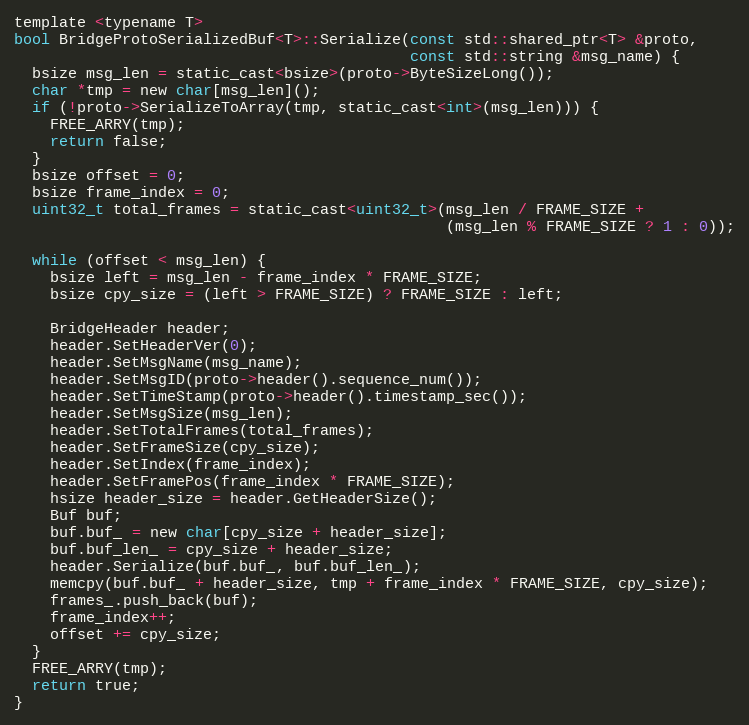
Language: C
template <typename T>
bool BridgeProtoSerializedBuf<T>::Serialize(const std::shared_ptr<T> &proto,
                                            const std::string &msg_name) {
  bsize msg_len = static_cast<bsize>(proto->ByteSizeLong());
  char *tmp = new char[msg_len]();
  if (!proto->SerializeToArray(tmp, static_cast<int>(msg_len))) {
    FREE_ARRY(tmp);
    return false;
  }
  bsize offset = 0;
  bsize frame_index = 0;
  uint32_t total_frames = static_cast<uint32_t>(msg_len / FRAME_SIZE +
                                                (msg_len % FRAME_SIZE ? 1 : 0));

  while (offset < msg_len) {
    bsize left = msg_len - frame_index * FRAME_SIZE;
    bsize cpy_size = (left > FRAME_SIZE) ? FRAME_SIZE : left;

    BridgeHeader header;
    header.SetHeaderVer(0);
    header.SetMsgName(msg_name);
    header.SetMsgID(proto->header().sequence_num());
    header.SetTimeStamp(proto->header().timestamp_sec());
    header.SetMsgSize(msg_len);
    header.SetTotalFrames(total_frames);
    header.SetFrameSize(cpy_size);
    header.SetIndex(frame_index);
    header.SetFramePos(frame_index * FRAME_SIZE);
    hsize header_size = header.GetHeaderSize();
    Buf buf;
    buf.buf_ = new char[cpy_size + header_size];
    buf.buf_len_ = cpy_size + header_size;
    header.Serialize(buf.buf_, buf.buf_len_);
    memcpy(buf.buf_ + header_size, tmp + frame_index * FRAME_SIZE, cpy_size);
    frames_.push_back(buf);
    frame_index++;
    offset += cpy_size;
  }
  FREE_ARRY(tmp);
  return true;
}